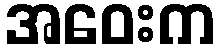
အဝေးက